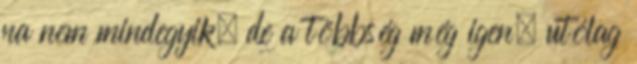
na nem mindegyik, de a többség még igen, utólag